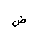
Letter: _dad